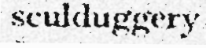
sculduggery